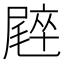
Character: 𡳝